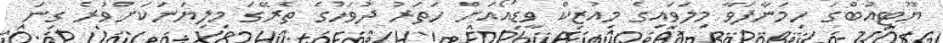
ޔޫޓިއުބްގަ ހިމަނާފަވާ މިލަވައިގެ މިއުޒިކް ވީޑިއޯއަށް ހަތަރު ދުވަހުގެ ތެރޭގަ މިލިޔަނަކަށްވުރެ ގިނަ